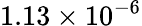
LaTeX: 1.13\times 10^{-6}